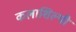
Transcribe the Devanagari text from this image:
कलाशिल्पी